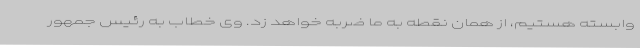
وابسته هستیم، از همان نقطه به ما ضربه خواهد زد. وی خطاب به رئیس جمهور